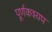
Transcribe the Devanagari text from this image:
पूर्णकश्यप